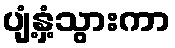
ပျံ့နှံ့သွားကာ